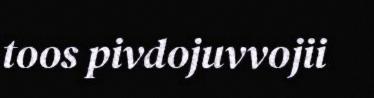
toos pivdojuvvojii